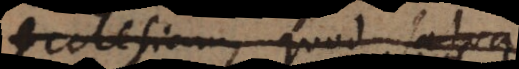
Ecclesiam, quod sa